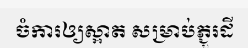
ចំការឲ្យស្អាត សម្រាប់ភ្ជួរដី